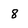
Character: 8